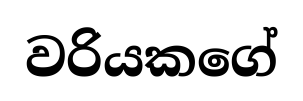
වරියකගේ